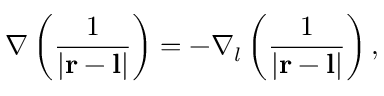
\nabla \left( { \frac { 1 } { | \mathbf { r } - \mathbf { l } | } } \right) = - \nabla _ { l } \left( { \frac { 1 } { | \mathbf { r } - \mathbf { l } | } } \right) ,